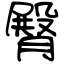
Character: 臀